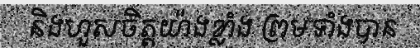
និងហួសចិត្តយ៉ាងខ្លាំង ព្រមទាំងបាន